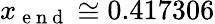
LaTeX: x_{\mathrm{~e~n~d~}}\cong 0.417306